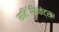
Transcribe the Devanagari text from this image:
सटि॔फिकेट्स